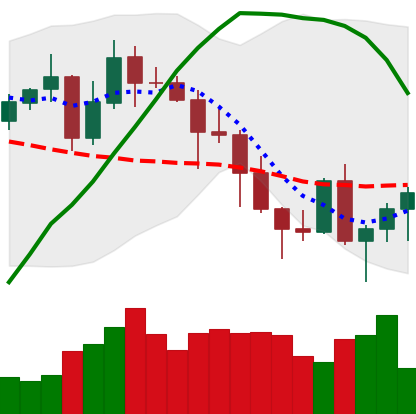
Ticker: ADA-USD
Chart end date: 2020-11-05
Forward return: 9.084%
Label: up_7plus